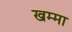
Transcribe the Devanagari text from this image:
खम्मा